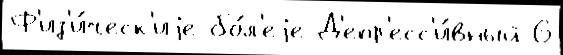
Ф'из'и́ческ'иjе бо́л'еjе Д'епр'есс'и́вный 6